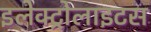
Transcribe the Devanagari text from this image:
इलेक्ट्रोलाइटस